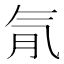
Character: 𣱙